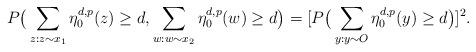
LaTeX: \begin{align*}P\big(\sum_{z:z\sim x_1}\eta_0^{d,p}(z)\geq d,\sum_{w:w\sim x_2}\eta_0^{d,p}(w)\geq d\big)=[P\big(\sum_{y:y\sim O}\eta^{d,p}_0(y)\geq d\big)]^2.\end{align*}